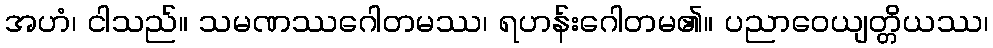
အဟံ၊ ငါသည်။ သမဏဿဂေါတမဿ၊ ရဟန်းဂေါတမ၏။ ပညာဝေယျတ္တိယဿ၊